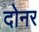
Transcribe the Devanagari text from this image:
दोनर